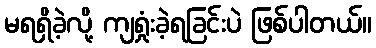
မရရှိခဲ့လို့ ကျရှုံးခဲ့ရခြင်းပဲ ဖြစ်ပါတယ်။